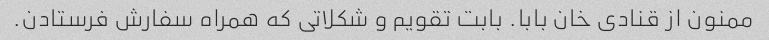
ممنون از قنادی خان بابا. بابت تقویم و شکلاتی که همراه سفارش فرستادن.